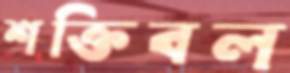
শক্তিবল